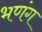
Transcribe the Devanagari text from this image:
भणंग